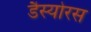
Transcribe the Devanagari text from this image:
डैस्योरस